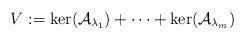
LaTeX: \begin{align*}V:=\ker(\mathcal{A}_{\lambda_1})+\cdots +\ker(\mathcal{A}_{\lambda_m})\end{align*}